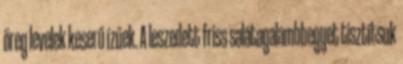
öreg levelek keserű ízűek. A leszedett friss salátagalambbegyet tisztítsuk